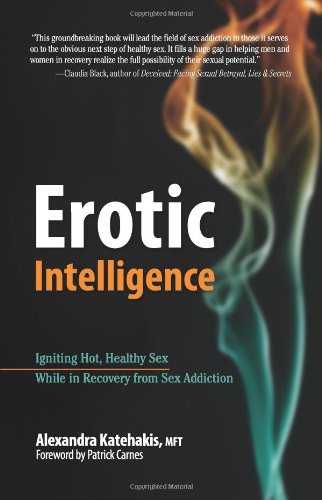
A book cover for Erotic Intelligence: Igniting Hot, Healthy Sex While in Recovery from Sex Addiction; Alexandra Katehakis; Health, Fitness & Dieting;